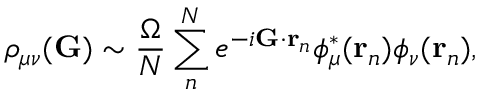
\rho _ { \mu \nu } ( \mathbf { G } ) \sim \frac { \Omega } { N } \sum _ { n } ^ { N } e ^ { - i \mathbf { G } \cdot \mathbf { r } _ { n } } \phi _ { \mu } ^ { * } ( \mathbf { r } _ { n } ) \phi _ { \nu } ( \mathbf { r } _ { n } ) ,